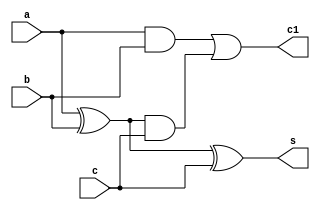
module fulladder(s,c1,a,b,c);
input a,b,c;
output s,c1;
wire x1,a1,a2;
xor (x1,a,b);
and (a1,a,b);
xor (s,x1,c);
and (a2,x1,c);
or (c1,a1,a2);
endmodule